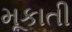
મૂકાતી